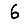
Digit: 6